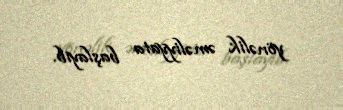
yönəlik əməliyyata başlayıb.